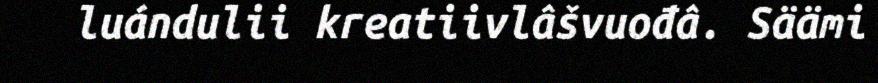
luándulii kreatiivlâšvuođâ. Säämi